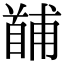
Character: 𩠤